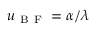
u _ { \mathrm { ~ B ~ F ~ } } = \alpha / \lambda